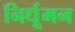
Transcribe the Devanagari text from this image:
निर्धूमन